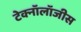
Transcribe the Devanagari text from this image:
टेक्नॉलॉजीस